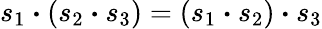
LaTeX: s_{1}\boldsymbol{\cdot}(s_{2}\boldsymbol{\cdot}s_{3})=(s_{1}\boldsymbol{\cdot}s_{2})\boldsymbol{\cdot}s_{3}